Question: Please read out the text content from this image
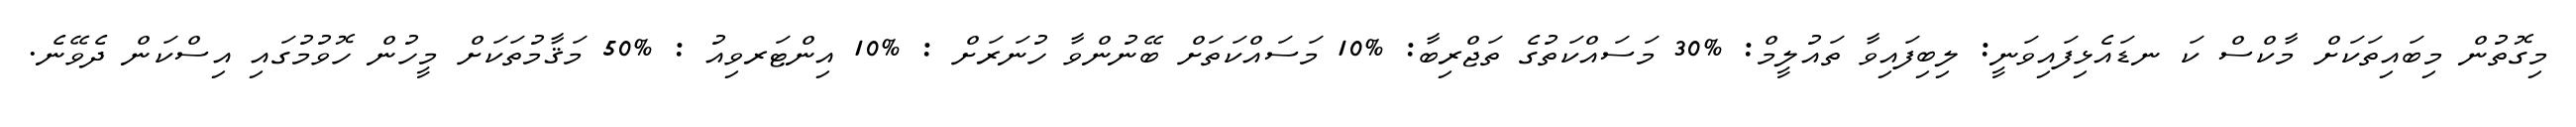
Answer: މިގޮތުން މިބައިތަކަށް މާކްސް ކަ ނޑައެޅިފައިވަނީ: ލިބިފައިވާ ތައުލީމް: %30 މަސައްކަތުގެ ތަޖްރިބާ: %10 މަސައްކަތަށް ބޭނުންވާ ހުނަރަށް : %10 އިންޓަރވިއު : %50 މަޤާމުތަކަށް މީހުން ހޮވުމުގައި އިސްކަން ދެވޭނެ.